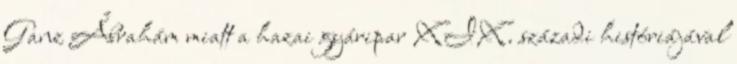
Ganz Ábrahám miatt a hazai gyáripar XIX. századi históriájával